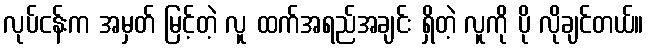
လုပ်ငန်းက အမှတ် မြင့်တဲ့ လူ ထက်အရည်အချင်း ရှိတဲ့ လူကို ပို လိုချင်တယ်။